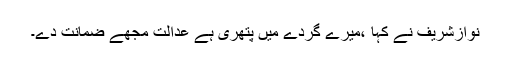
نوازشریف نے کہا ،میرے گردے میں پتھری ہے عدالت مجھے ضمانت دے۔